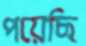
পয়েছি